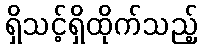
ရှိသင့်ရှိထိုက်သည့်